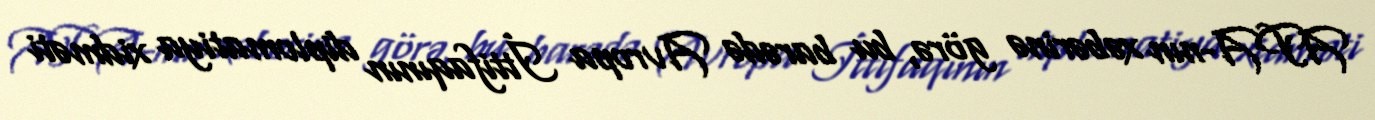
APA-nın xəbərinə görə, bu barədə Avropa İttifaqının diplomatiya xidməti